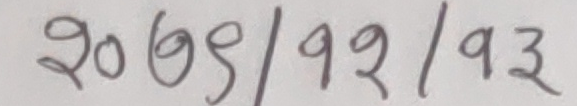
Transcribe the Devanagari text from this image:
२०७९/१२/१३